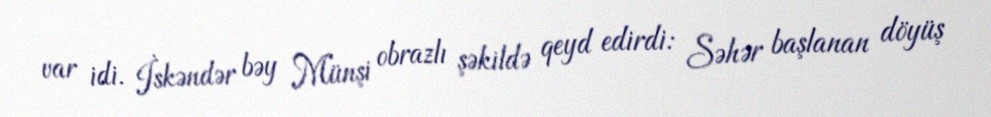
var idi. İskəndər bəy Münşi obrazlı şəkildə qeyd edirdi: Səhər başlanan döyüş